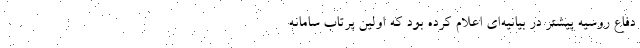
دفاع روسیه پیشتر در بیانیه‌ای اعلام کرده بود که اولین پرتاب سامانه